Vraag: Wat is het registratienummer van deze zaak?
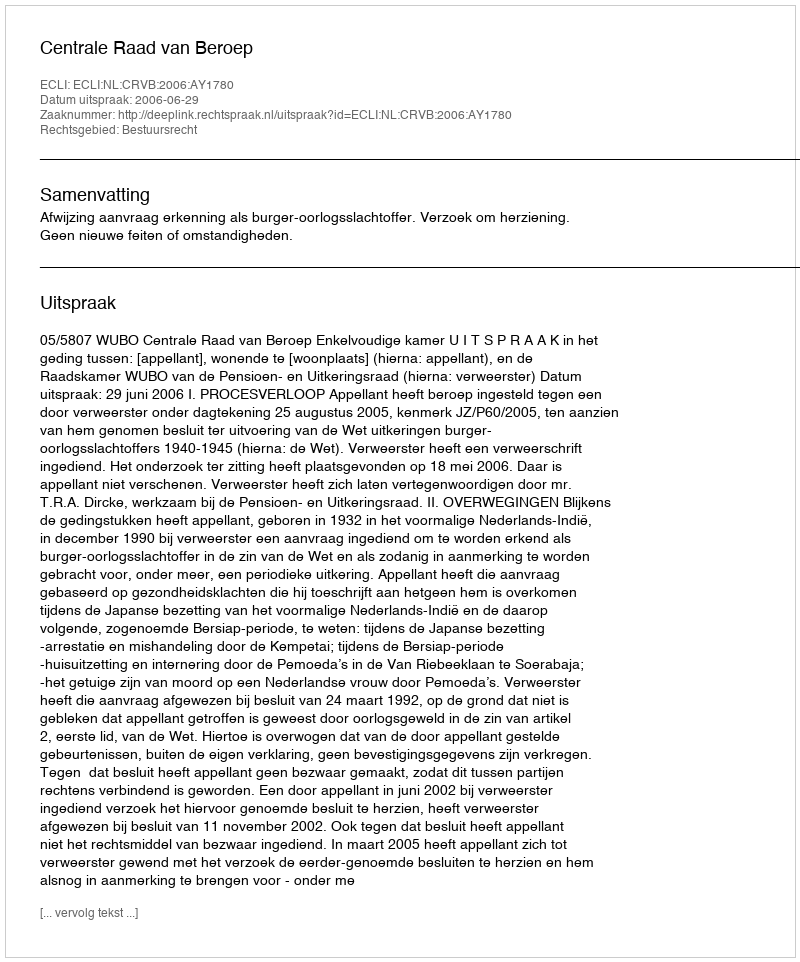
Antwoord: http://deeplink.rechtspraak.nl/uitspraak?id=ECLI:NL:CRVB:2006:AY1780